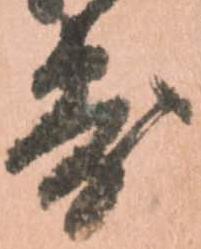
寄